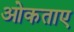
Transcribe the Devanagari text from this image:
ओकताए